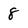
Character: 8